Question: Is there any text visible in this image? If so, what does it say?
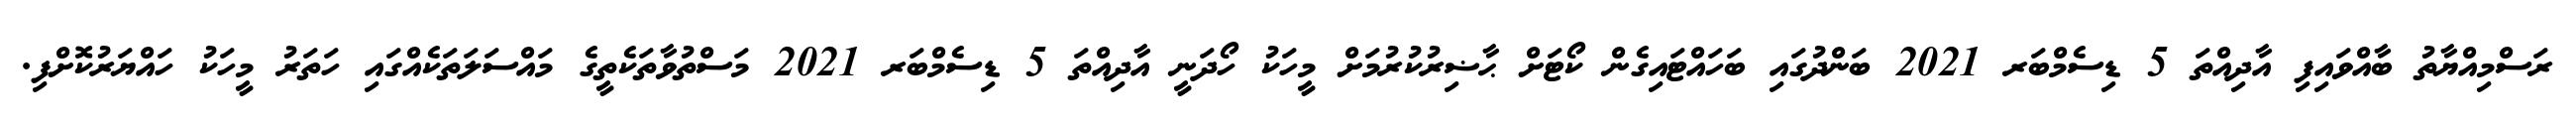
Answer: ރަސްމިއްޔާތު ބާއްވައިފި އާދިއްތަ 5 ޑިސެމްބަރ 2021 ބަންދުގައި ބަހައްޓައިގެން ކޯޓަށް ޙާޟިރުކުރުމަށް މީހަކު ހޯދަނީ އާދިއްތަ 5 ޑިސެމްބަރ 2021 މަސްތުވާތަކެތީގެ މައްސަލަތަކެއްގައި ހަތަރު މީހަކު ހައްޔަރުކޮށްފި.